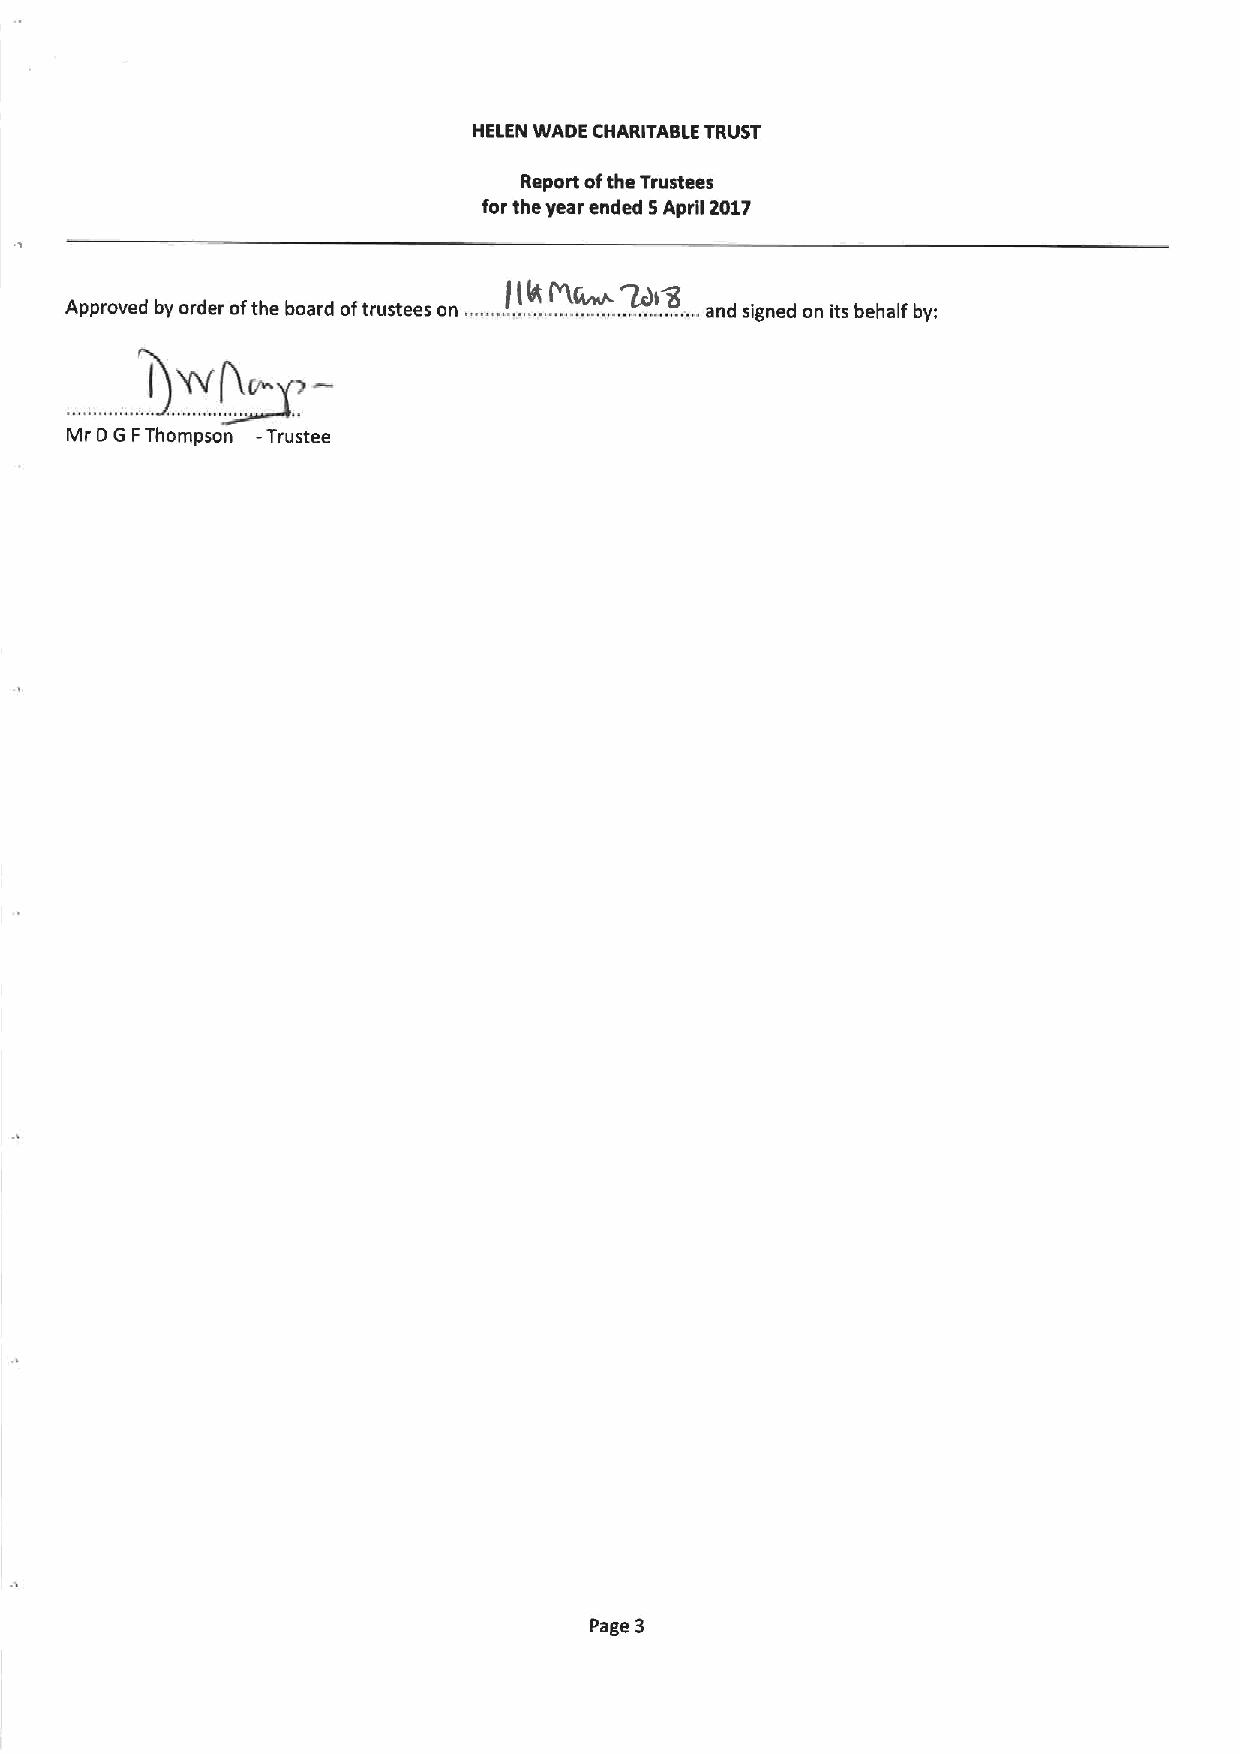
HELEN WADE CHARITABLE TRUST
 Report ofthe Trustees
 for the year ended 5April 2017
 Approved by order ofthe board oftrustees on,...... .I ..l ..l .....N .. ,r .. ..... ,......... .. ...... and signed on its behalf by:
 iJWP~u
 Mr D G FThompson -Trustee
 Page 3